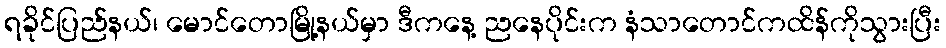
ရခိုင်ပြည်နယ်၊ မောင်တောမြို့နယ်မှာ ဒီကနေ့ ညနေပိုင်းက နံသာတောင်ကထိန်ကိုသွားပြီး